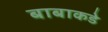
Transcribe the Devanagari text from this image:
बाबाकडे